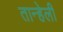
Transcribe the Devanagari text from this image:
तान्हेली